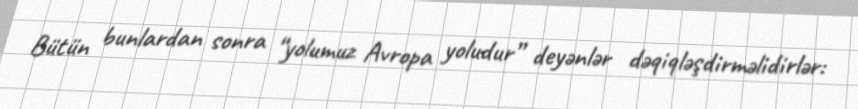
Bütün bunlardan sonra “yolumuz Avropa yoludur” deyənlər dəqiqləşdirməlidirlər: